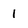
Character: 1